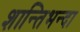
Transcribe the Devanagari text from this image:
शान्तिभन्दा